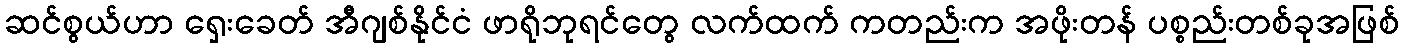
ဆင်စွယ်ဟာ ရှေးခေတ် အီဂျစ်နိုင်ငံ ဖာရိုဘုရင်တွေ လက်ထက် ကတည်းက အဖိုးတန် ပစ္စည်းတစ်ခုအဖြစ်